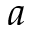
a